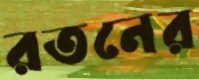
রতনের